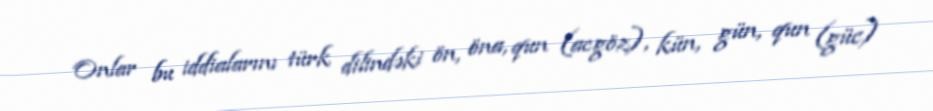
Onlar bu iddialarını türk dilindəki ön, öna, qun (acgöz), kün, gün, qun (güc)